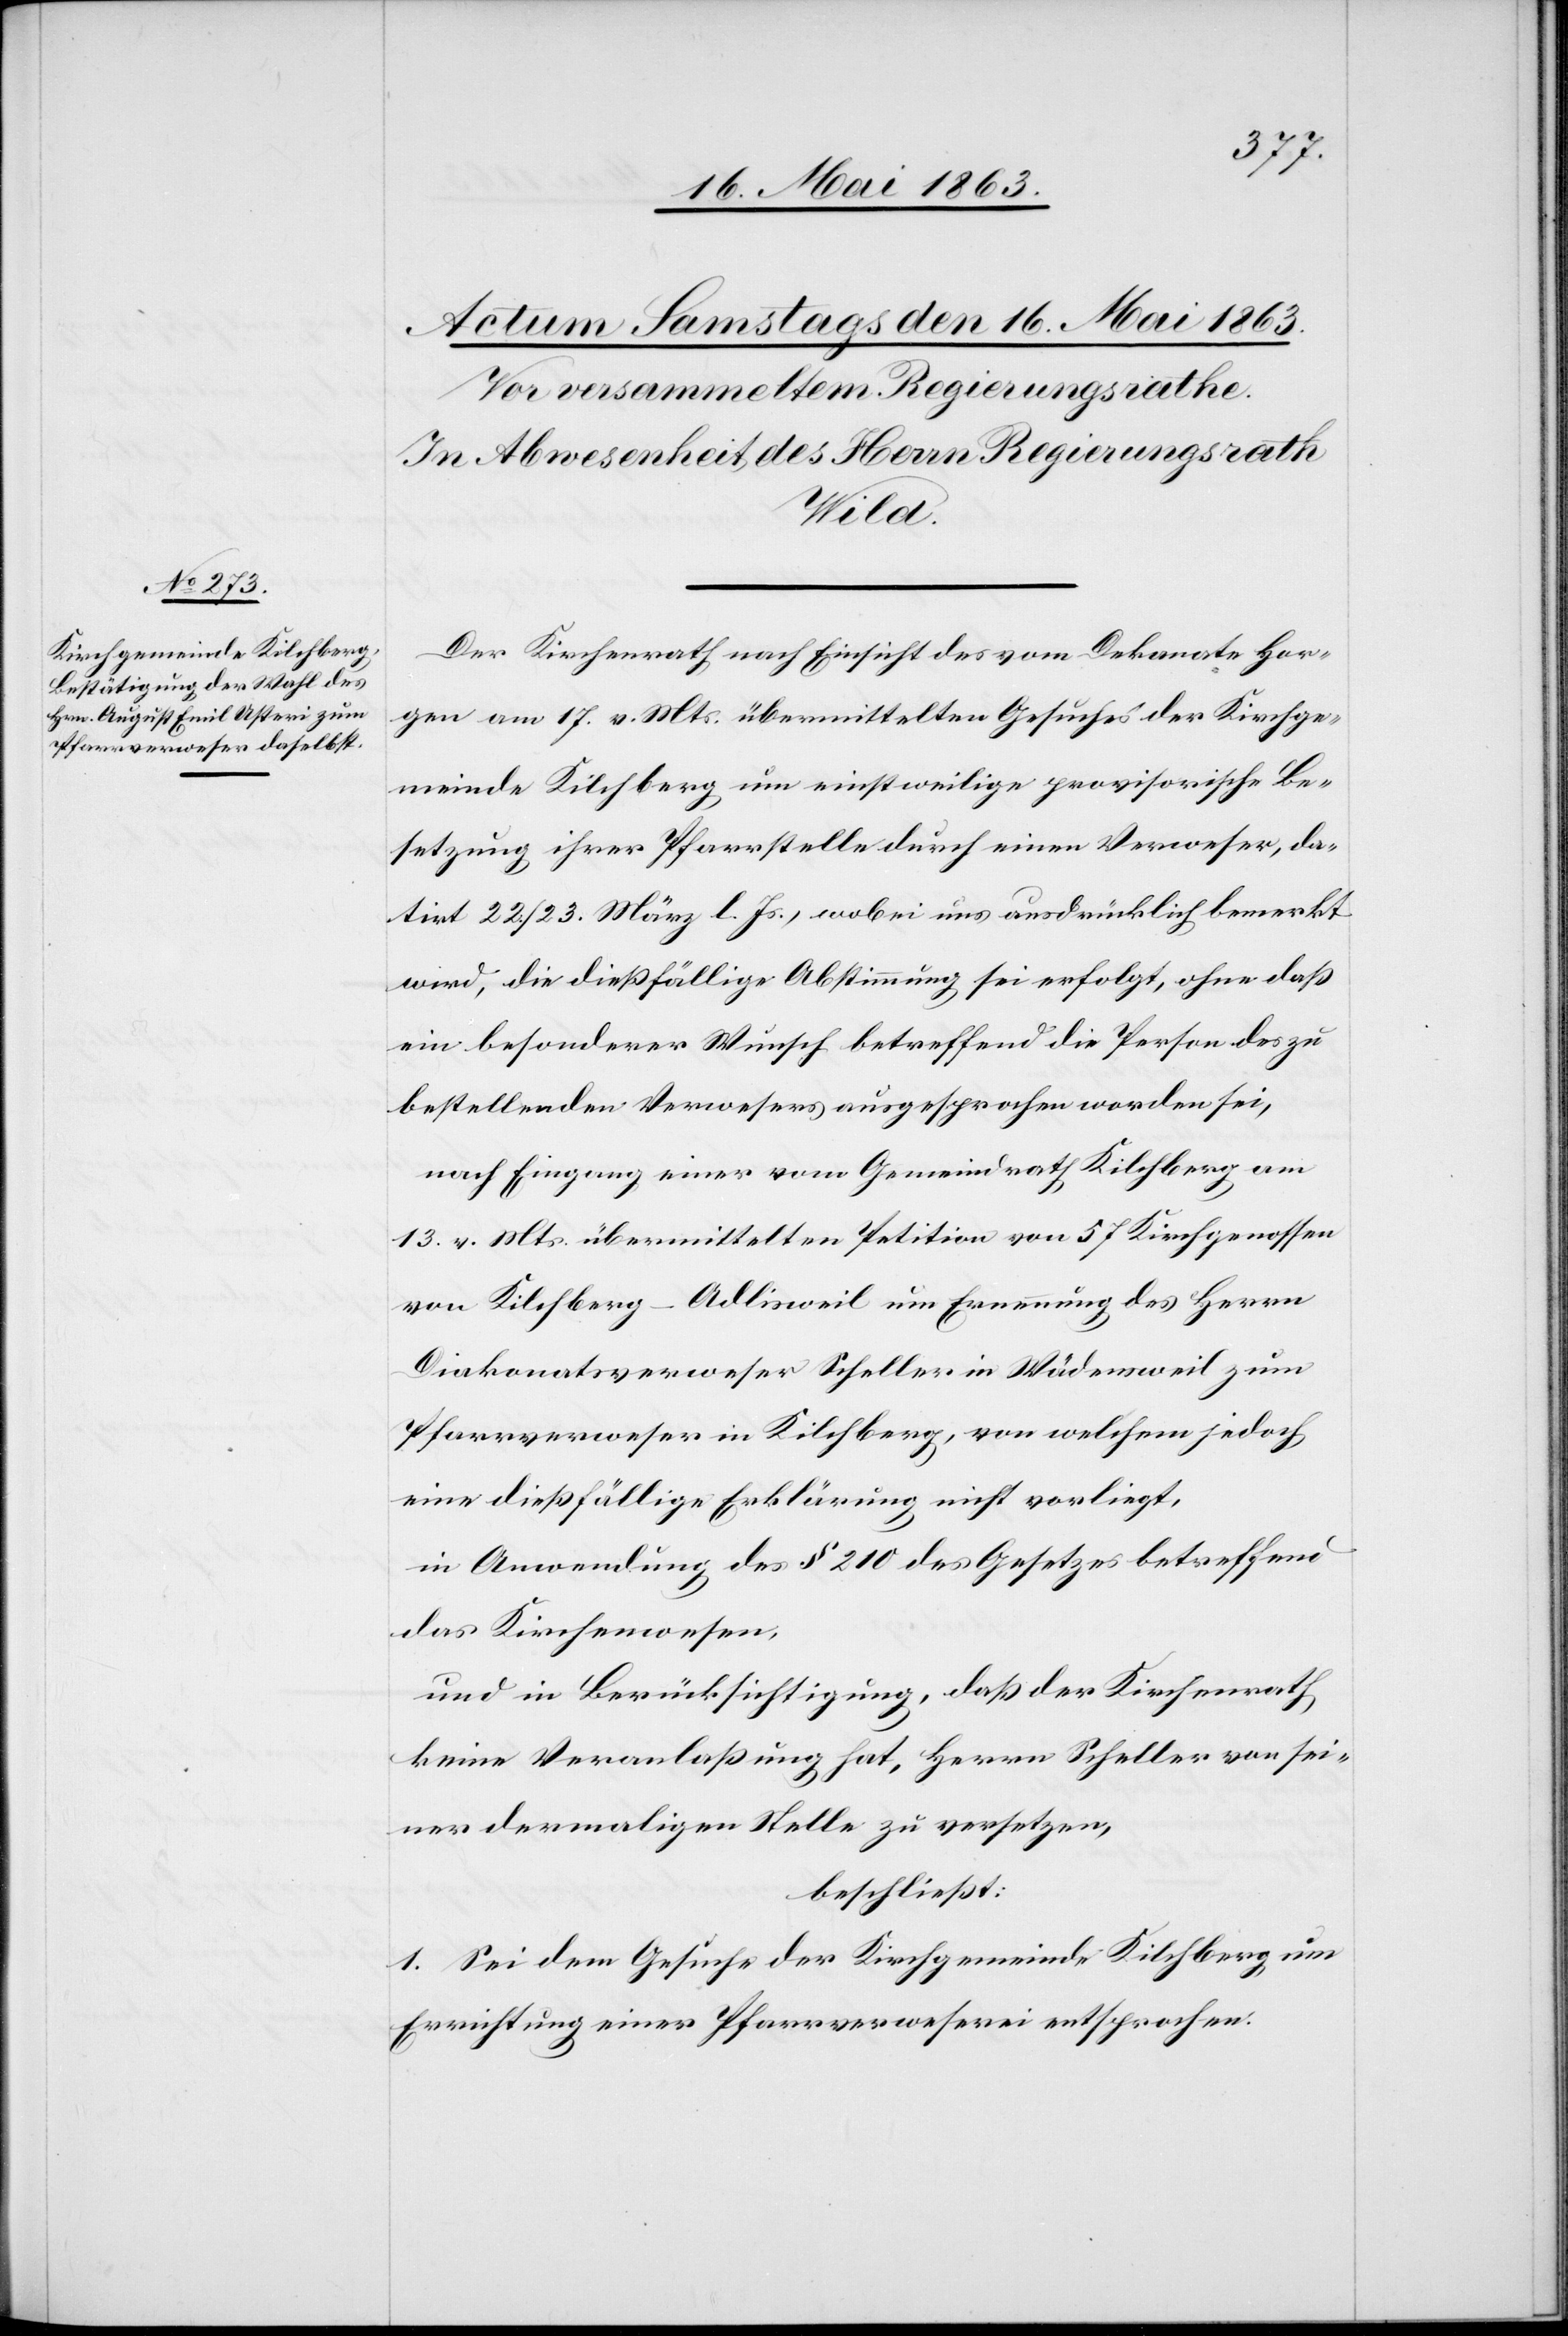
Der Kirchenrath nach Einsicht des vom Dekanate Hor¬
gen am 17. v. Mts. übermittelten Gesuches der Kirchge¬
meinde Kilchberg um einstweilige provisorische Be¬
setzung ihrer Pfarrstelle durch einen Verweser, da¬
tirt 22./23. März l. Js., wobei uns ausdrücklich bemerkt
wird, die dießfällige Abstimmung sei erfolgt, ohne daß
ein besonderer Wunsch betreffend die Person des zu
bestellenden Verwesers ausgesprochen worden sei,
nach Eingang einer vom Gemeindrath Kilchberg am
13. v. Mts. übermittelten Petition von 57 Kirchgenossen
von Kilchberg-Adlisweil um Ernennung des Herrn
Diakonatsverweser Scheller in Wädensweil zum
Pfarrverweser in Kilchberg, von welchem jedoch
eine dießfällige Erklärung nicht vorliegt,
in Anwendung des § 210 des Gesetzes betreffend
das Kirchenwesen,
und in Berücksichtigung, daß der Kirchenrath
keine Veranlaßung hat, Herrn Scheller von sei¬
ner dermaligen Stelle zu versetzen,
beschließt:
1. Sei dem Gesuche der Kirchgemeinde Kilchberg um
Errichtung einer Pfarrverweserei entsprochen.